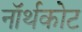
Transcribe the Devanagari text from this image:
नॉर्थकोट